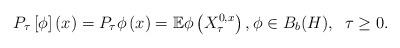
LaTeX: \begin{align*} P_{\tau}\left[ \phi\right] \left( x\right) = P_{\tau} \phi \left( x\right) =\mathbb{E}\phi\left(X_\tau^{0,x} \right),\phi \in B_b(H), \;\; \tau \ge 0. \end{align*}